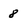
Character: 8